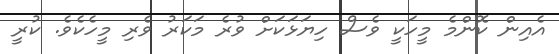
އެއިން ކޮންމެ މީހަކީ ވެސް ހިޔަޅަކަށް ވުރެ މަކަރު ވެރި މީހެކެވެ. ކުރީ